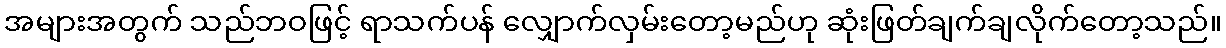
အများအတွက် သည်ဘဝဖြင့် ရာသက်ပန် လျှောက်လှမ်းတော့မည်ဟု ဆုံးဖြတ်ချက်ချလိုက်တော့သည်။